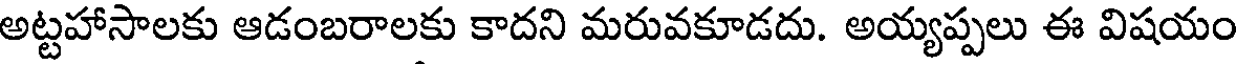
అట్టహాసాలకు ఆడంబరాలకు కాదని మరువకూడదు. అయ్యప్పలు ఈ విషయం